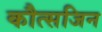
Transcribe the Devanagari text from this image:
कौत्सजिन